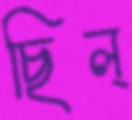
ছিল্